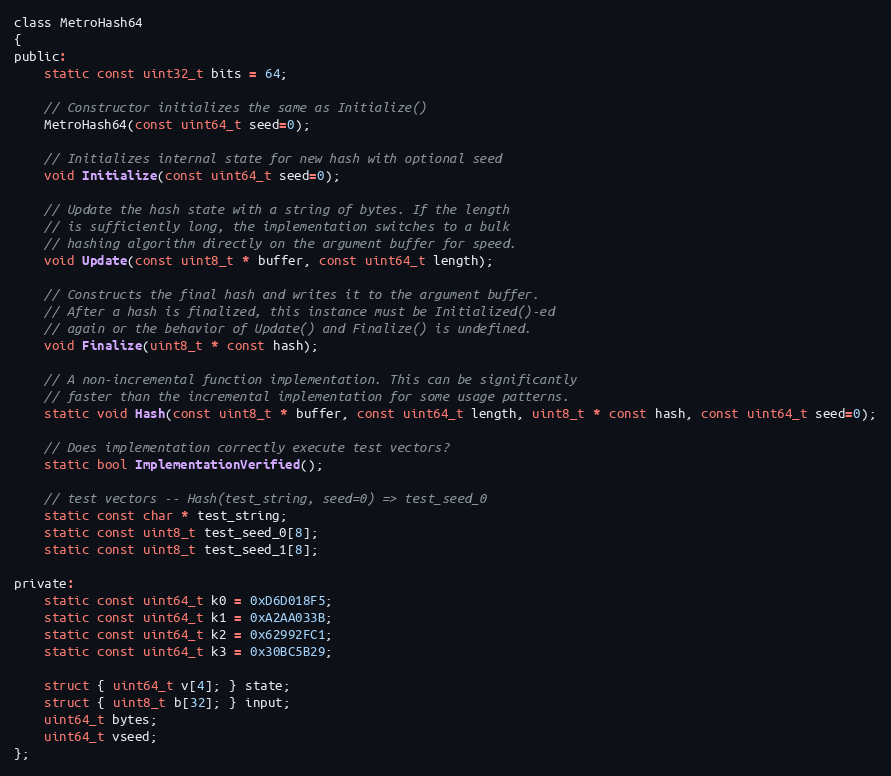
Language: C
class MetroHash64
{
public:
    static const uint32_t bits = 64;

    // Constructor initializes the same as Initialize()
    MetroHash64(const uint64_t seed=0);

    // Initializes internal state for new hash with optional seed
    void Initialize(const uint64_t seed=0);

    // Update the hash state with a string of bytes. If the length
    // is sufficiently long, the implementation switches to a bulk
    // hashing algorithm directly on the argument buffer for speed.
    void Update(const uint8_t * buffer, const uint64_t length);

    // Constructs the final hash and writes it to the argument buffer.
    // After a hash is finalized, this instance must be Initialized()-ed
    // again or the behavior of Update() and Finalize() is undefined.
    void Finalize(uint8_t * const hash);

    // A non-incremental function implementation. This can be significantly
    // faster than the incremental implementation for some usage patterns.
    static void Hash(const uint8_t * buffer, const uint64_t length, uint8_t * const hash, const uint64_t seed=0);

    // Does implementation correctly execute test vectors?
    static bool ImplementationVerified();

    // test vectors -- Hash(test_string, seed=0) => test_seed_0
    static const char * test_string;
    static const uint8_t test_seed_0[8];
    static const uint8_t test_seed_1[8];

private:
    static const uint64_t k0 = 0xD6D018F5;
    static const uint64_t k1 = 0xA2AA033B;
    static const uint64_t k2 = 0x62992FC1;
    static const uint64_t k3 = 0x30BC5B29;

    struct { uint64_t v[4]; } state;
    struct { uint8_t b[32]; } input;
    uint64_t bytes;
    uint64_t vseed;
};